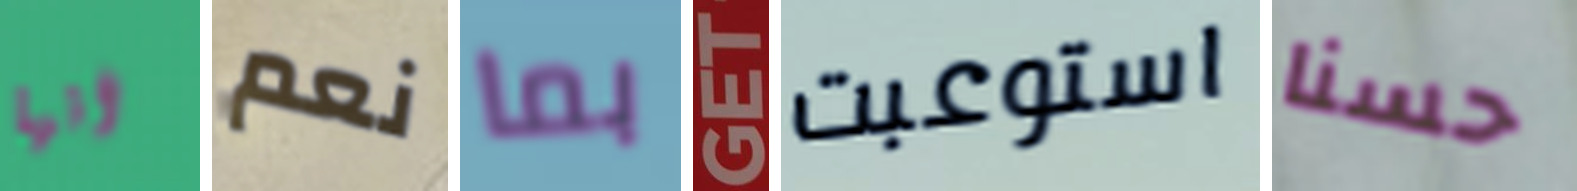
انها نعم بما GET استوعبت حسنا